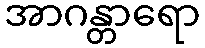
အာဂန္တာရော